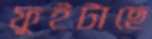
ফুইটাছে